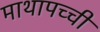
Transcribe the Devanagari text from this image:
माथापच्‍ची